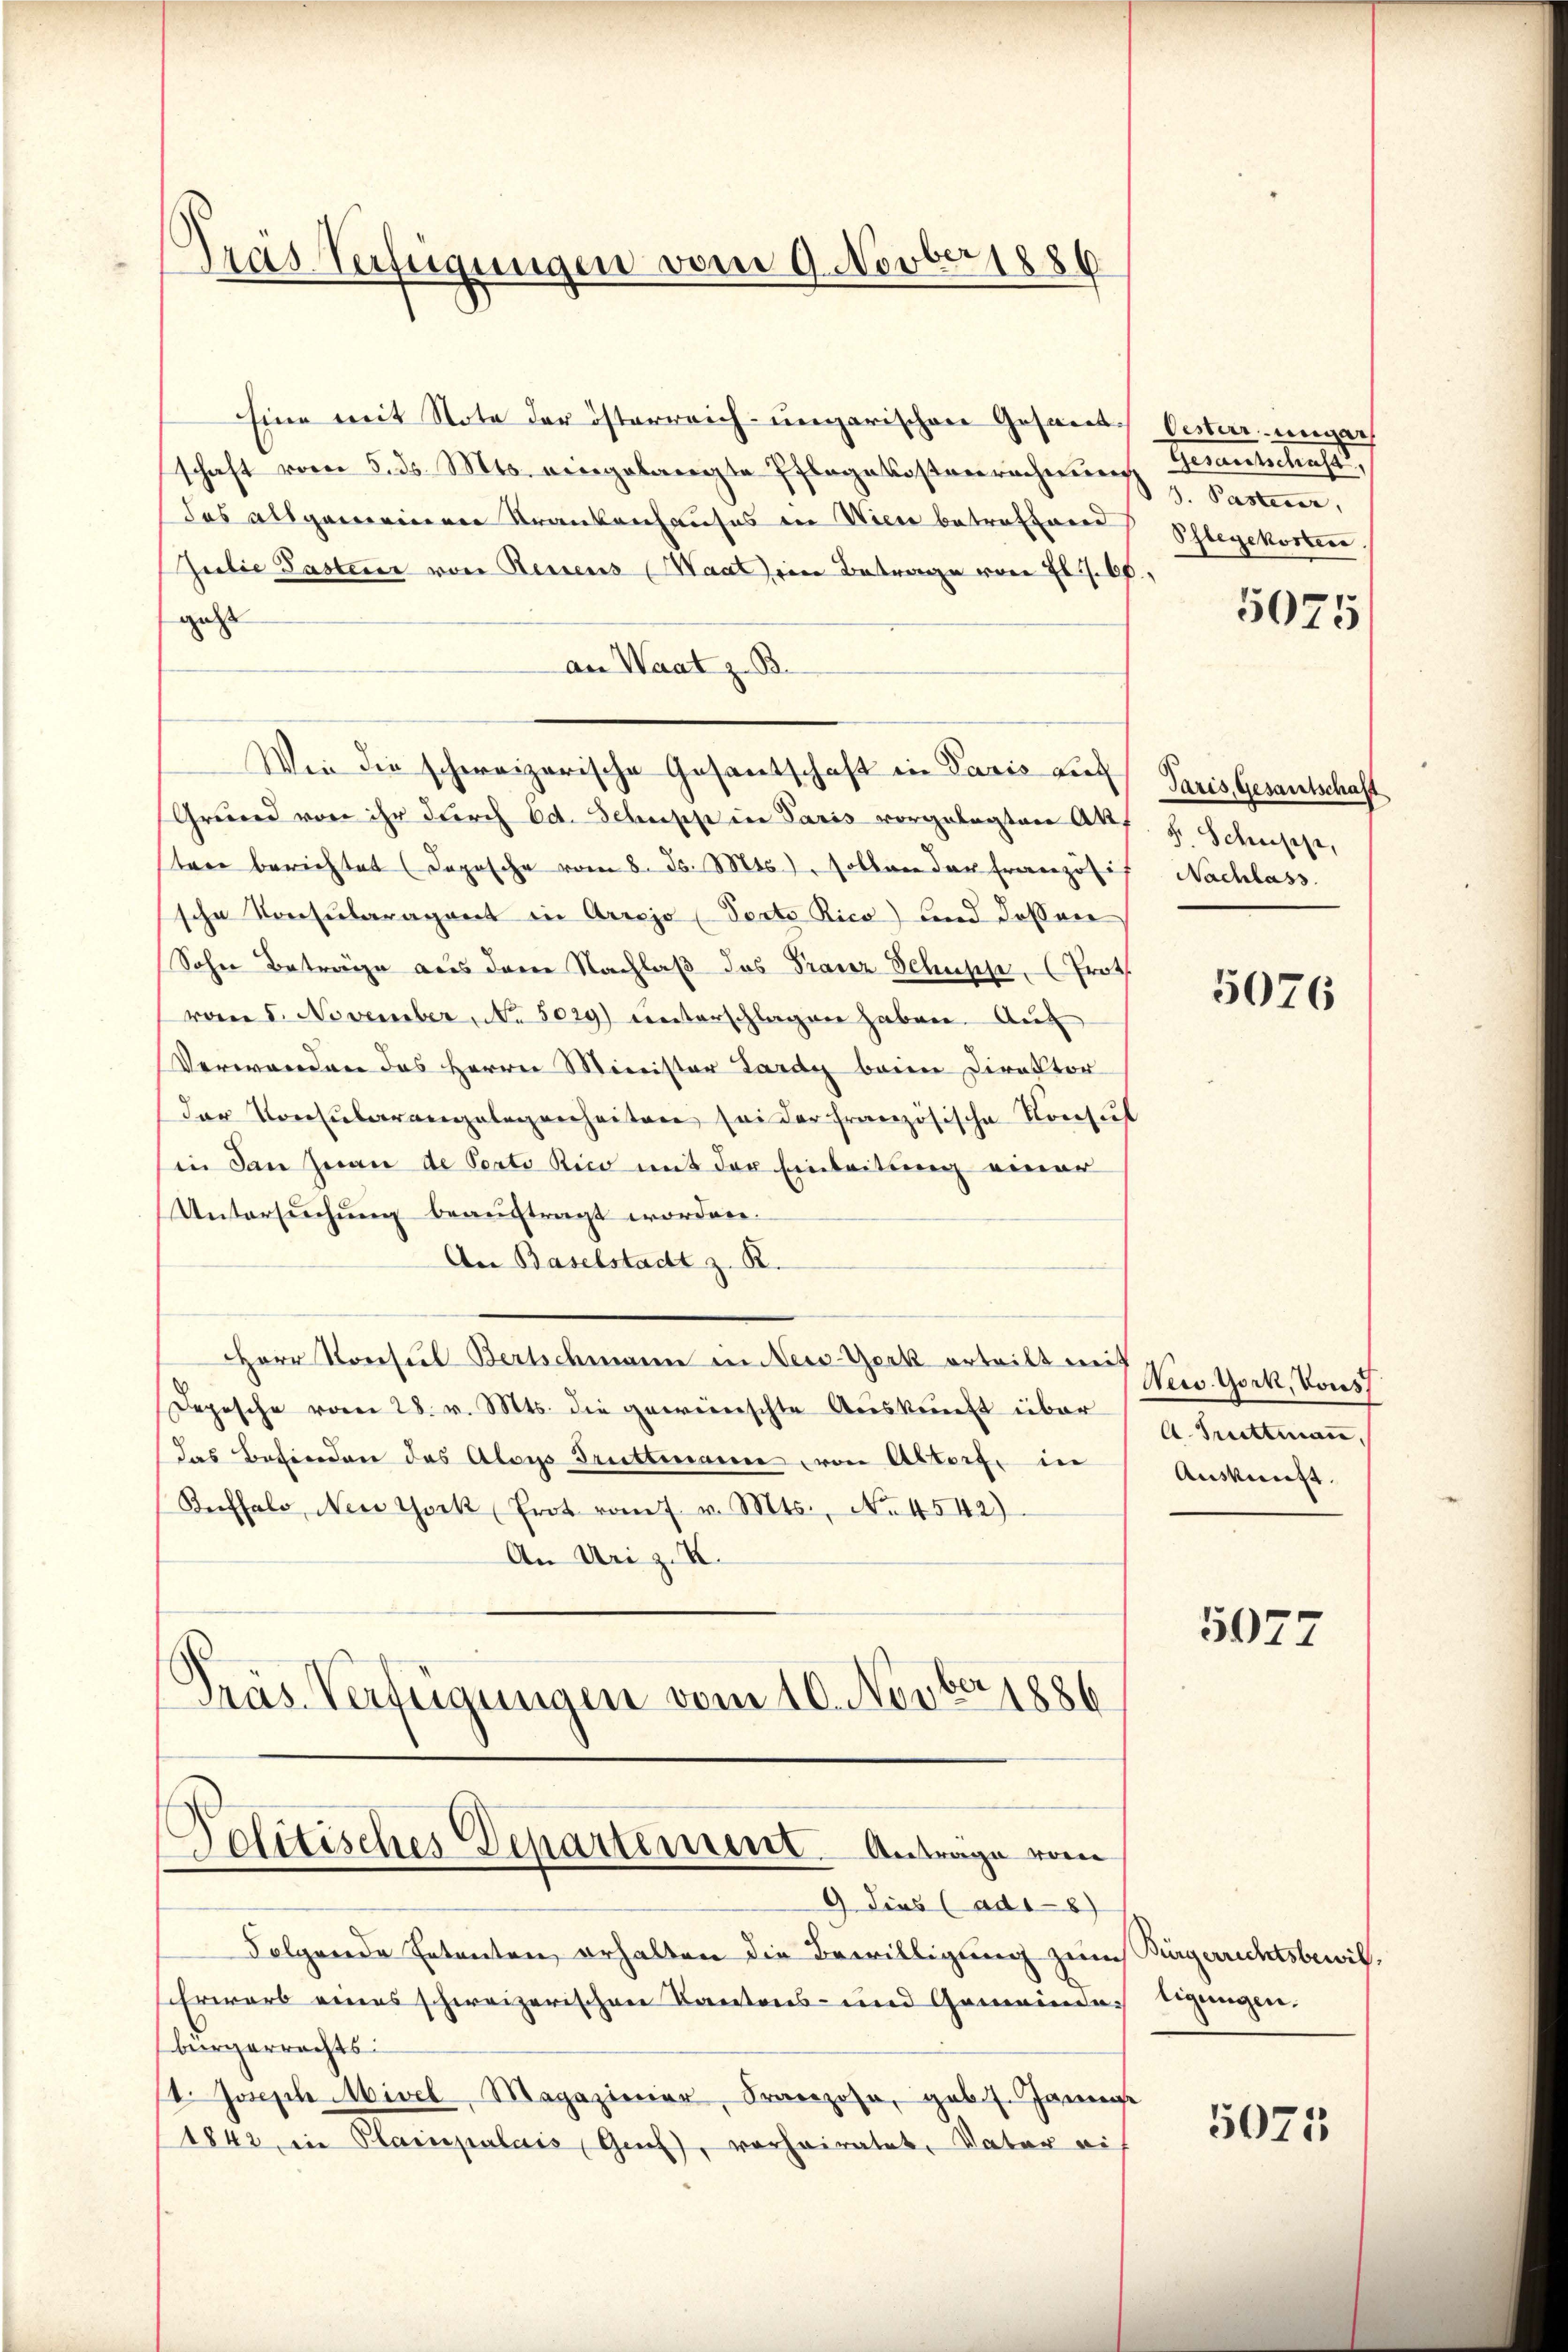
Pras Verfügungen vom 9. Novber 1886

Eine mit Note der österreich-ungarischen Gesandt.
schaft vom 5. ds. Mts. eingelangte Pflegekostenrechnung Bern,
das allgemeinen Krankenhauses in Wien betreffend
Julie Pasten von Rentens (Maat) ein Betrage von fl. 1. 60,
gest
an Waat z. B.
Wie die schweizerische Gesantschaft in Paris auf Paris Gesantschaft
Grŭnd von ihr durch Ed. Schupp in Paris vorgelegten Aktf. J. Schuss,
ten berichtet (Dopische vom 8. d. Mts., sollen der Französif Nachlass
sche Konsularagent in Arrojo (Porto Rico) und dessen
Sohn Beträge aus dem Nachlaß das Franz Schuppe, Trot
vom 8. November, No. 5029) unterschlagen haben. Auf
Verwanden das Herrn Minister Lardy beime Direktor
der Konsularangelegenheiten sei der französische Konsul
in dan Jean de Perto Rico mit der Einleitung einer
Untersŭchŭng beauftragt worden.
An Baselstadt z. R.
Herr Konsul Bertschmann in New-York erteilte Ges. York, Vous
Depesche vom 28. v. Mts. die gewünschte Auskunft über
das Befinden das Aloys Truttmanne, von Altorf in
Reeffalo, New York (Frot vom 7. v. Mts., No. 4542).
An Uri z. K.
Pras-Verfügungen vom 10. Novber 1886

Politisches Departement. Antrage vom

9 dies (ad18)
Folgende Ententen erhalten die Bewilligung zum Bürgerrichtsbewil¬
Erwarb eines schweizerischen Kantons- und Gemeindes Eigengen.
bürgerrechts
st. Joseph Mivel, Magaziner, Franzose, geb. 1. Jannene
1842, in Plainpalais Genf, vorheiratet, Vater auf

Oester ungar
Geranschaft,
Phlegekosten

5075

5076

A. Tuttmann,
Auskunft.

5077

5071